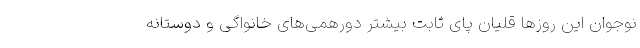
نوجوان این روزها قلیان پای ثابت بیشتر دورهمی‌های خانواگی و دوستانه